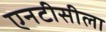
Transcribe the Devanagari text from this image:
एनटीसीला